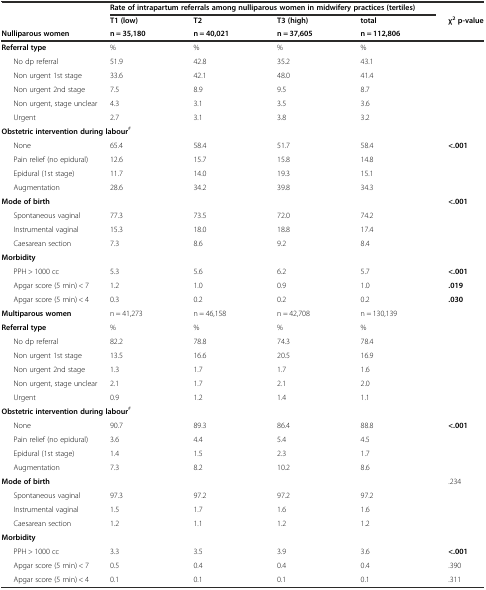
<table><thead><tr><td rowspan="2">[EMPTY_CELL]</td><td colspan="4"><b>Rate of intrapartum referrals among nulliparous women in midwifery practices (tertiles)</b></td><td>[EMPTY_CELL]</td></tr><tr><td><b>T1 (low)</b></td><td><b>T2</b></td><td><b>T3 (high)</b></td><td><b>total</b></td><td><b>χ<sup>2</sup>p-value</b></td></tr><tr><td><b>Nulliparous women</b></td><td><b>n = 35,180</b></td><td><b>n = 40,021</b></td><td><b>n = 37,605</b></td><td><b>n = 112,806</b></td><td>[EMPTY_CELL]</td></tr></thead><tbody><tr><td><b>Referral type</b></td><td>%</td><td>%</td><td>%</td><td>%</td><td>[EMPTY_CELL]</td></tr><tr><td>No dp referral</td><td>51.9</td><td>42.8</td><td>35.2</td><td>43.1</td><td>[EMPTY_CELL]</td></tr><tr><td>Non urgent 1st stage</td><td>33.6</td><td>42.1</td><td>48.0</td><td>41.4</td><td>[EMPTY_CELL]</td></tr><tr><td>Non urgent 2nd stage</td><td>7.5</td><td>8.9</td><td>9.5</td><td>8.7</td><td>[EMPTY_CELL]</td></tr><tr><td>Non urgent, stage unclear</td><td>4.3</td><td>3.1</td><td>3.5</td><td>3.6</td><td>[EMPTY_CELL]</td></tr><tr><td>Urgent</td><td>2.7</td><td>3.1</td><td>3.8</td><td>3.2</td><td>[EMPTY_CELL]</td></tr><tr><td colspan="3"><b>Obstetric intervention during labour</b><sup>#</sup></td><td>[EMPTY_CELL]</td><td>[EMPTY_CELL]</td><td>[EMPTY_CELL]</td></tr><tr><td>None</td><td>65.4</td><td>58.4</td><td>51.7</td><td>58.4</td><td><b>&lt;.001</b></td></tr><tr><td>Pain relief (no epidural)</td><td>12.6</td><td>15.7</td><td>15.8</td><td>14.8</td><td>[EMPTY_CELL]</td></tr><tr><td>Epidural (1st stage)</td><td>11.7</td><td>14.0</td><td>19.3</td><td>15.1</td><td>[EMPTY_CELL]</td></tr><tr><td>Augmentation</td><td>28.6</td><td>34.2</td><td>39.8</td><td>34.3</td><td>[EMPTY_CELL]</td></tr><tr><td><b>Mode of birth</b></td><td>[EMPTY_CELL]</td><td>[EMPTY_CELL]</td><td>[EMPTY_CELL]</td><td>[EMPTY_CELL]</td><td><b>&lt;.001</b></td></tr><tr><td>Spontaneous vaginal</td><td>77.3</td><td>73.5</td><td>72.0</td><td>74.2</td><td>[EMPTY_CELL]</td></tr><tr><td>Instrumental vaginal</td><td>15.3</td><td>18.0</td><td>18.8</td><td>17.4</td><td>[EMPTY_CELL]</td></tr><tr><td>Caesarean section</td><td>7.3</td><td>8.6</td><td>9.2</td><td>8.4</td><td>[EMPTY_CELL]</td></tr><tr><td><b>Morbidity</b></td><td>[EMPTY_CELL]</td><td>[EMPTY_CELL]</td><td>[EMPTY_CELL]</td><td>[EMPTY_CELL]</td><td>[EMPTY_CELL]</td></tr><tr><td>PPH &gt; 1000 cc</td><td>5.3</td><td>5.6</td><td>6.2</td><td>5.7</td><td><b>&lt;.001</b></td></tr><tr><td>Apgar score (5 min) &lt; 7</td><td>1.2</td><td>1.0</td><td>0.9</td><td>1.0</td><td><b>.019</b></td></tr><tr><td>Apgar score (5 min) &lt; 4</td><td>0.3</td><td>0.2</td><td>0.2</td><td>0.2</td><td><b>.030</b></td></tr><tr><td><b>Multiparous women</b></td><td>n = 41,273</td><td>n = 46,158</td><td>n = 42,708</td><td>n = 130,139</td><td>[EMPTY_CELL]</td></tr><tr><td><b>Referral type</b></td><td>%</td><td>%</td><td>%</td><td>%</td><td>[EMPTY_CELL]</td></tr><tr><td>No dp referral</td><td>82.2</td><td>78.8</td><td>74.3</td><td>78.4</td><td>[EMPTY_CELL]</td></tr><tr><td>Non urgent 1st stage</td><td>13.5</td><td>16.6</td><td>20.5</td><td>16.9</td><td>[EMPTY_CELL]</td></tr><tr><td>Non urgent 2nd stage</td><td>1.3</td><td>1.7</td><td>1.7</td><td>1.6</td><td>[EMPTY_CELL]</td></tr><tr><td>Non urgent, stage unclear</td><td>2.1</td><td>1.7</td><td>2.1</td><td>2.0</td><td>[EMPTY_CELL]</td></tr><tr><td>Urgent</td><td>0.9</td><td>1.2</td><td>1.4</td><td>1.1</td><td>[EMPTY_CELL]</td></tr><tr><td colspan="3"><b>Obstetric intervention during labour</b><sup>#</sup></td><td>[EMPTY_CELL]</td><td>[EMPTY_CELL]</td><td>[EMPTY_CELL]</td></tr><tr><td>None</td><td>90.7</td><td>89.3</td><td>86.4</td><td>88.8</td><td><b>&lt;.001</b></td></tr><tr><td>Pain relief (no epidural)</td><td>3.6</td><td>4.4</td><td>5.4</td><td>4.5</td><td>[EMPTY_CELL]</td></tr><tr><td>Epidural (1st stage)</td><td>1.4</td><td>1.5</td><td>2.3</td><td>1.7</td><td>[EMPTY_CELL]</td></tr><tr><td>Augmentation</td><td>7.3</td><td>8.2</td><td>10.2</td><td>8.6</td><td>[EMPTY_CELL]</td></tr><tr><td><b>Mode of birth</b></td><td>[EMPTY_CELL]</td><td>[EMPTY_CELL]</td><td>[EMPTY_CELL]</td><td>[EMPTY_CELL]</td><td>.234</td></tr><tr><td>Spontaneous vaginal</td><td>97.3</td><td>97.2</td><td>97.2</td><td>97.2</td><td>[EMPTY_CELL]</td></tr><tr><td>Instrumental vaginal</td><td>1.5</td><td>1.7</td><td>1.6</td><td>1.6</td><td>[EMPTY_CELL]</td></tr><tr><td>Caesarean section</td><td>1.2</td><td>1.1</td><td>1.2</td><td>1.2</td><td>[EMPTY_CELL]</td></tr><tr><td><b>Morbidity</b></td><td>[EMPTY_CELL]</td><td>[EMPTY_CELL]</td><td>[EMPTY_CELL]</td><td>[EMPTY_CELL]</td><td>[EMPTY_CELL]</td></tr><tr><td>PPH &gt; 1000 cc</td><td>3.3</td><td>3.5</td><td>3.9</td><td>3.6</td><td><b>&lt;.001</b></td></tr><tr><td>Apgar score (5 min) &lt; 7</td><td>0.5</td><td>0.4</td><td>0.4</td><td>0.4</td><td>.390</td></tr><tr><td>Apgar score (5 min) &lt; 4</td><td>0.1</td><td>0.1</td><td>0.1</td><td>0.1</td><td>.311</td></tr></tbody></table>